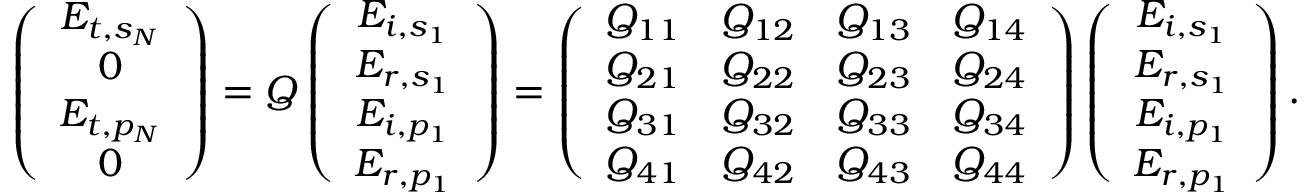
\left( \begin{array} { c } { E _ { t , s _ { N } } } \\ { 0 } \\ { E _ { t , p _ { N } } } \\ { 0 } \end{array} \right) = Q \left( \begin{array} { c } { E _ { i , s _ { 1 } } } \\ { E _ { r , s _ { 1 } } } \\ { E _ { i , p _ { 1 } } } \\ { E _ { r , p _ { 1 } } } \end{array} \right) = \left( \begin{array} { c c c c } { Q _ { 1 1 } } & { Q _ { 1 2 } } & { Q _ { 1 3 } } & { Q _ { 1 4 } } \\ { Q _ { 2 1 } } & { Q _ { 2 2 } } & { Q _ { 2 3 } } & { Q _ { 2 4 } } \\ { Q _ { 3 1 } } & { Q _ { 3 2 } } & { Q _ { 3 3 } } & { Q _ { 3 4 } } \\ { Q _ { 4 1 } } & { Q _ { 4 2 } } & { Q _ { 4 3 } } & { Q _ { 4 4 } } \end{array} \right) \left( \begin{array} { c } { E _ { i , s _ { 1 } } } \\ { E _ { r , s _ { 1 } } } \\ { E _ { i , p _ { 1 } } } \\ { E _ { r , p _ { 1 } } } \end{array} \right) .